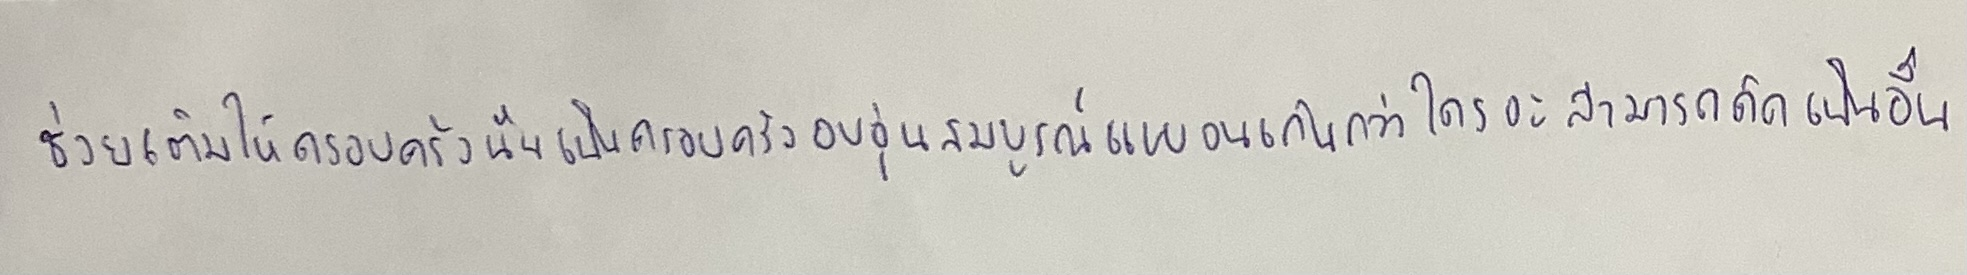
ช่วยเติมให้ครอบครัวนั้นเป็นครอบครัวอบอุ่นสมบูรณ์แบบจนเกินกว่าใครจะสามารถคิดเป็นอื่น